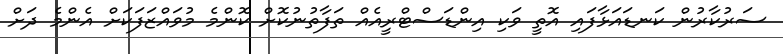
ސަރުކާރުން ކަނޑައަޅާފައި އޮތީ ވަކި އިންޑަސްޓްރީއެއް ތަފާތުނުކޮށް ކޮންމެ މުވައްޒަފަކަށް އެންމެ ދަށް